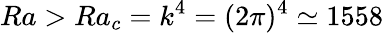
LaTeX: Ra>Ra_{c}=k^{4}=(2\pi)^{4}\simeq 1558